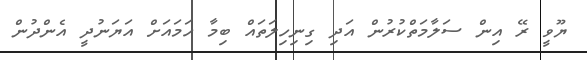
ޔޫވީ ރޭ އިން ސަލާމަތްކުރުން އަދި ގިނިހިލަތައް ބިމާ ހަމައަށް އަޔަނުދީ އެންދުން